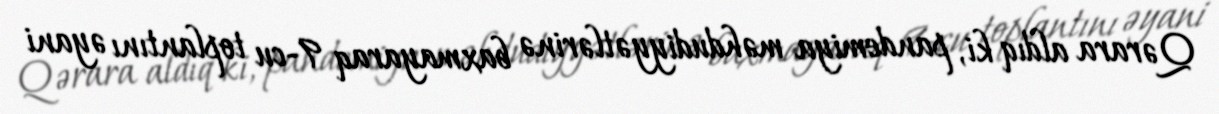
Qərara aldıq ki, pandemiya məhdudiyyətlərinə baxmayaraq 9-cu toplantını əyani